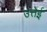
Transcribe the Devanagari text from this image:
उत्तेई